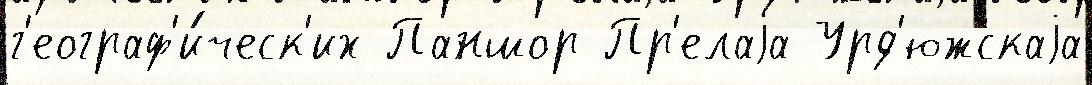
г'еограф'и́ческ'их Паншор Пр'елаjа Урд'южскаjа